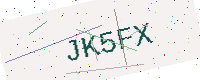
Text: JK5FX